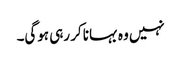
نہیں وہ بہانا کر رہی ہوگی۔